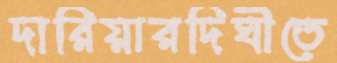
দারিয়ারদিঘীতে